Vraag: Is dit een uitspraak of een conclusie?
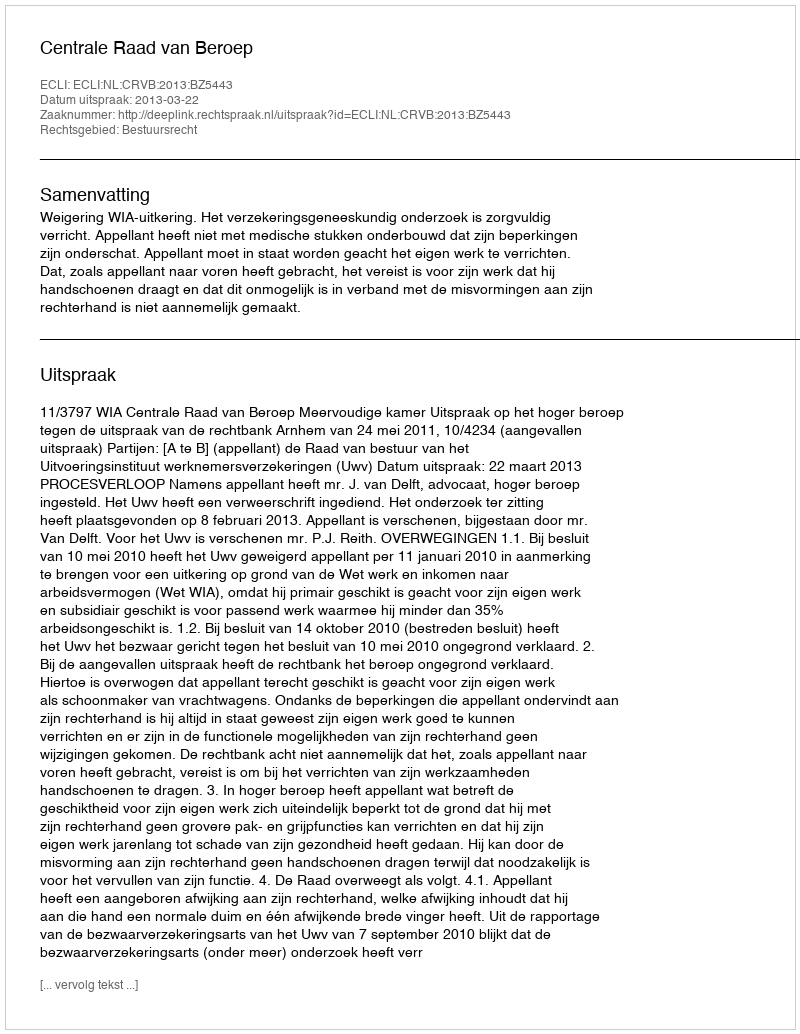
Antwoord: Uitspraak